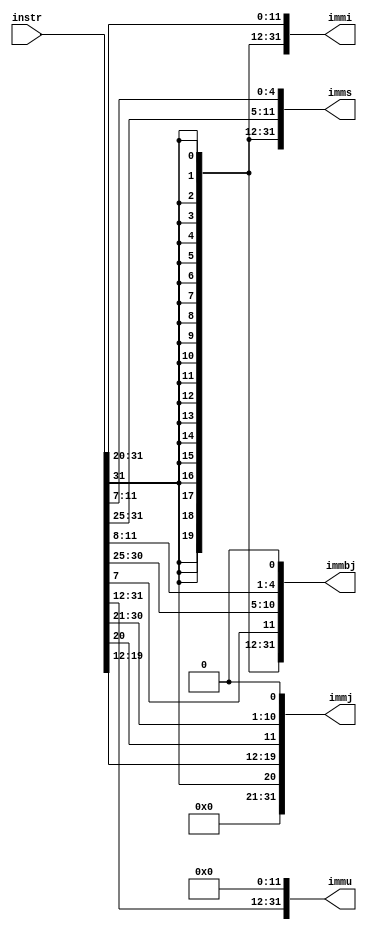
`timescale 1ns / 1ps
//////////////////////////////////////////////////////////////////////////////////
// Company: 
// Engineer: 
// 
// Design Name: 
// Module Name: imm_gen
// Project Name: 
// Target Devices: 
// Tool Versions: 
// Description: 
// 
// Dependencies: 
// 
// Revision:
// Revision 0.01 - File Created
// Additional Comments:
// 
//////////////////////////////////////////////////////////////////////////////////


module imm_gen(
    input [31:0] instr,
    output reg [31:0] immi,
    output reg [31:0] imms,
    output reg [31:0] immbj,
    output reg [31:0] immu,
    output reg [31:0] immj
    );
    
    always@(*)
    begin
    immi  <=  {{21{instr[31]}}, instr[30:20]};
    imms  <=  {{21{instr[31]}}, instr[30:25], instr[11:7]};
    immbj <=  {{20{instr[31]}}, instr[7], instr[30:25], instr[11:8], 1'b0}; 
    immu  <=  {instr[31:12], 12'b0};
    immj  <=  {11'b0,instr[31],instr[19:12],instr[20],instr[30:21], 1'b0};
    
    end
endmodule